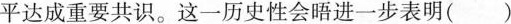
平达成重要共识。这一历史性会晤进一步表明()